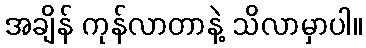
အချိန် ကုန်လာတာနဲ့ သိလာမှာပါ။